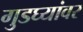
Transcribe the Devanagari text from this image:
गुडघ्यांवर